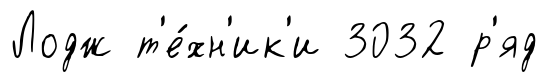
Лодж т'е́хн'ик'и 3032 р'яд